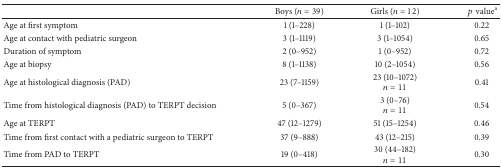
|  | Boys (n = 39) | Girls (n = 12) | pvaluea |
 | --- | --- | --- | --- |
 | Age at first symptom | 1 (1–228) | 1 (1–102) | 0.22 |
 | Age at contact with pediatric surgeon | 3 (1–1119) | 3 (1–1054) | 0.65 |
 | Duration of symptom | 2 (0–952) | 1 (0–952) | 0.72 |
 | Age at biopsy | 8 (1–1138) | 10 (2–1054) | 0.56 |
 | Age at histological diagnosis (PAD) | 23 (7–1159) | 23 (10–1072)n = 11 | 0.41 |
 | Time from histological diagnosis (PAD) to TERPT decision | 5 (0–367) | 3 (0–76)n = 11 | 0.54 |
 | Age at TERPT | 47 (12–1279) | 51 (15–1254) | 0.46 |
 | Time from first contact with a pediatric surgeon to TERPT | 37 (9–888) | 43 (12–215) | 0.39 |
 | Time from PAD to TERPT | 19 (0–418) | 30 (44–182)n = 11 | 0.30 |